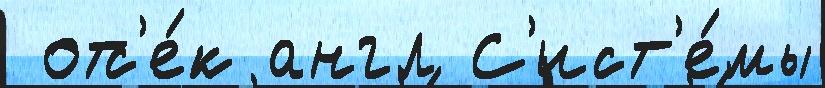
 отс'е́к англ С'ист'е́мы